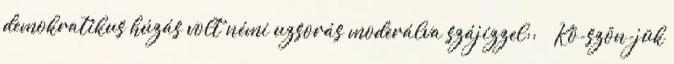
demokratikus húzás volt némi uzsorás moderálva szájízzel:: ” „Kö-szön-jük